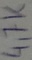
Text: 4,7K